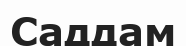
Саддам